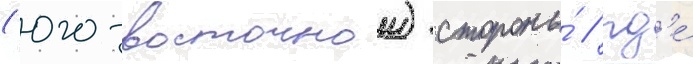
(юго-восточнои) стороны́ / гд'е́